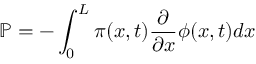
\mathbb { P } = - \int _ { 0 } ^ { L } \pi ( x , t ) \frac { \partial } { \partial x } \phi ( x , t ) d x